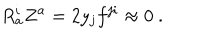
R _ { a } ^ { i } Z ^ { a } = 2 y _ { j } f ^ { j i } \approx 0 \ .